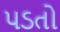
૫ડતો